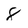
Character: 8